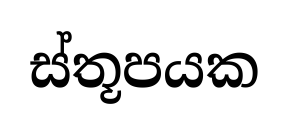
ස්තූපයක